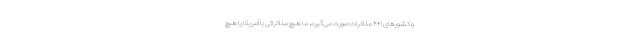
و کشورهای ۱+۴ مذاکرات صورت می‌گیرد، ما هیچ مذاکراتی با آمریکا یا هیچ